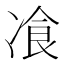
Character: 飡